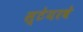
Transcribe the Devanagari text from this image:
स्टेयरवे